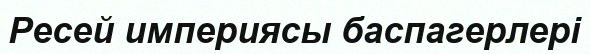
Ресей империясы баспагерлері